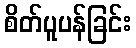
စိတ်ပူပန်ခြင်း